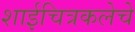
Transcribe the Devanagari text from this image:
शाईचित्रकलेचे